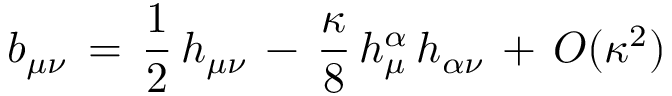
b _ { \mu \nu } \, = \, \frac { 1 } { 2 } \, h _ { \mu \nu } \, - \, \frac { \kappa } { 8 } \, h _ { \mu } ^ { \alpha } \, h _ { \alpha \nu } \, + \, O ( \kappa ^ { 2 } )